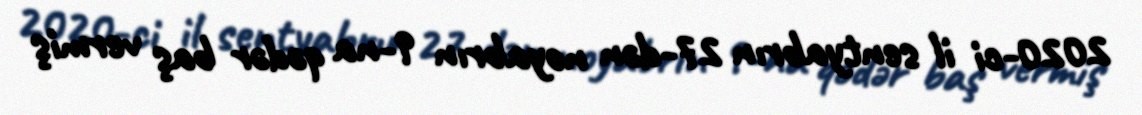
2020-ci il sentyabrın 27-dən noyabrın 9-na qədər baş vermiş